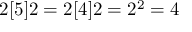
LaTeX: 2 [ 5 ] 2 = 2 [ 4 ] 2 = 2 ^ { 2 } = 4